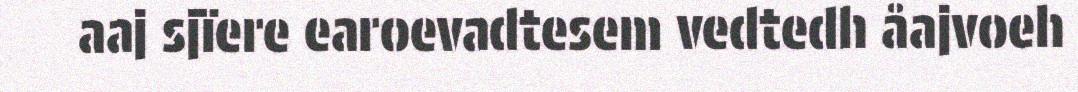
aaj sjïere earoevadtesem vedtedh åajvoeh